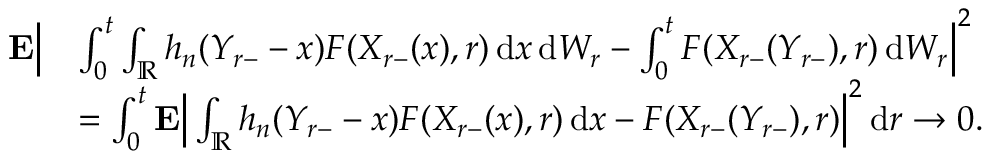
\begin{array} { r l } { \mathbf { E } \Big | } & { \int _ { 0 } ^ { t } \int _ { \mathbb { R } } h _ { n } ( Y _ { r - } - x ) F ( X _ { r - } ( x ) , r ) \, \mathrm { d } x \, \mathrm { d } W _ { r } - \int _ { 0 } ^ { t } F ( X _ { r - } ( Y _ { r - } ) , r ) \, \mathrm { d } W _ { r } \Big | ^ { 2 } } \\ & { = \int _ { 0 } ^ { t } \mathbf { E } \Big | \int _ { \mathbb { R } } h _ { n } ( Y _ { r - } - x ) F ( X _ { r - } ( x ) , r ) \, \mathrm { d } x - F ( X _ { r - } ( Y _ { r - } ) , r ) \Big | ^ { 2 } \, \mathrm { d } r \to 0 . } \end{array}